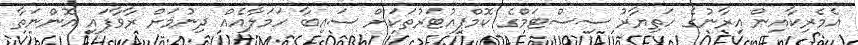
އެމެރިކާއިން އިރާނުގެ ހަތިޔާރު ސިސްޓަމްގެ ކޮމްޕިއުޓަރުތަކަށް ސައިބާ ހަމަލާއެއް ދިނުމަށް ރާވާފައި އޮންނަތާ